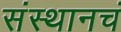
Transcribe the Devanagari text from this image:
संस्थानचं